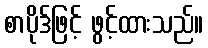
စာပိုဒ်ဖြင့် ဖွင့်ထားသည်။